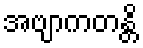
အဗျာကတန္တိ